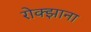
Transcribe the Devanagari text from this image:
रोक्झाना